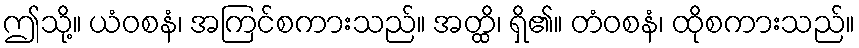
ဤသို့။ ယံဝစနံ၊ အကြင်စကားသည်။ အတ္ထိ၊ ရှိ၏။ တံဝစနံ၊ ထိုစကားသည်။